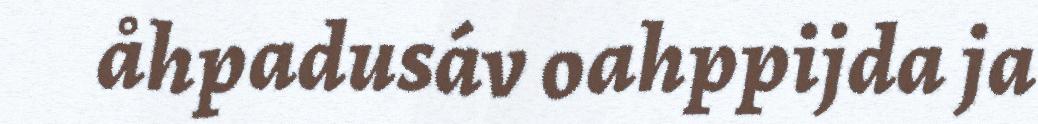
åhpadusáv oahppijda ja